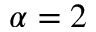
\alpha = 2